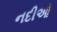
નદીઓ